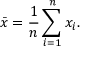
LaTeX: { \bar { x } } = { \frac { 1 } { n } } \sum _ { i = 1 } ^ { n } x _ { i } .